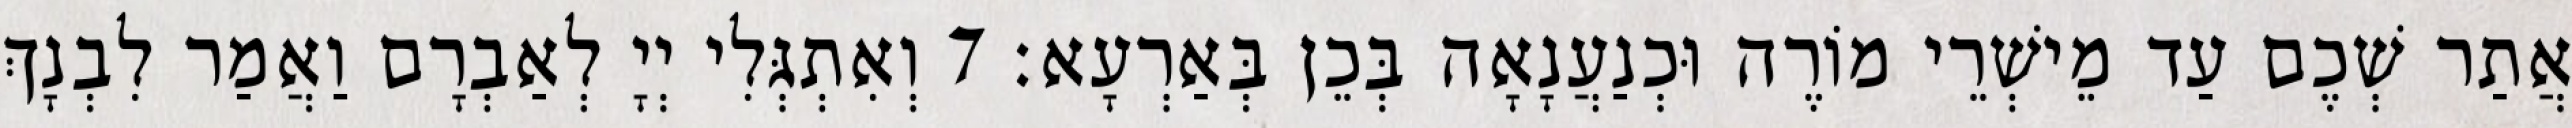
אֲתַר שְׁכֶם עַד מֵישְׁרֵי מוֹרֶה וּכְנַעֲנָאָה בְּכֵן בְּאַרְעָא׃ 7 וְאִתְגְּלִי יְיָ לְאַבְרָם וַאֲמַר לִבְנָךְ